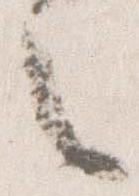
々